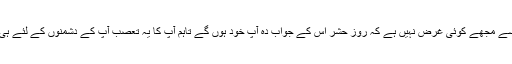
*****بہرکیف اگر آپ کسی سے تعصب برتتے بھی ہیں تو اس سے مجھے کوئی غرض نہیں ہے کہ روزِ حشر اس کے جواب دہ آپ خود ہوں گے تاہم آپ کا یہ تعصب آپ کے دشمنوں کے لئے ہی نقصان دہ نہیں ہے بلکہ یہ آپ کے اپنے لئے بھی زہرِ قاتل ہے۔